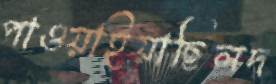
পাওয়াইয়াছিলদ